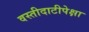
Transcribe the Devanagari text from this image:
वस्तीदाटीपेक्षा